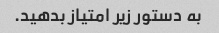
به دستور زیر امتیاز بدهید.